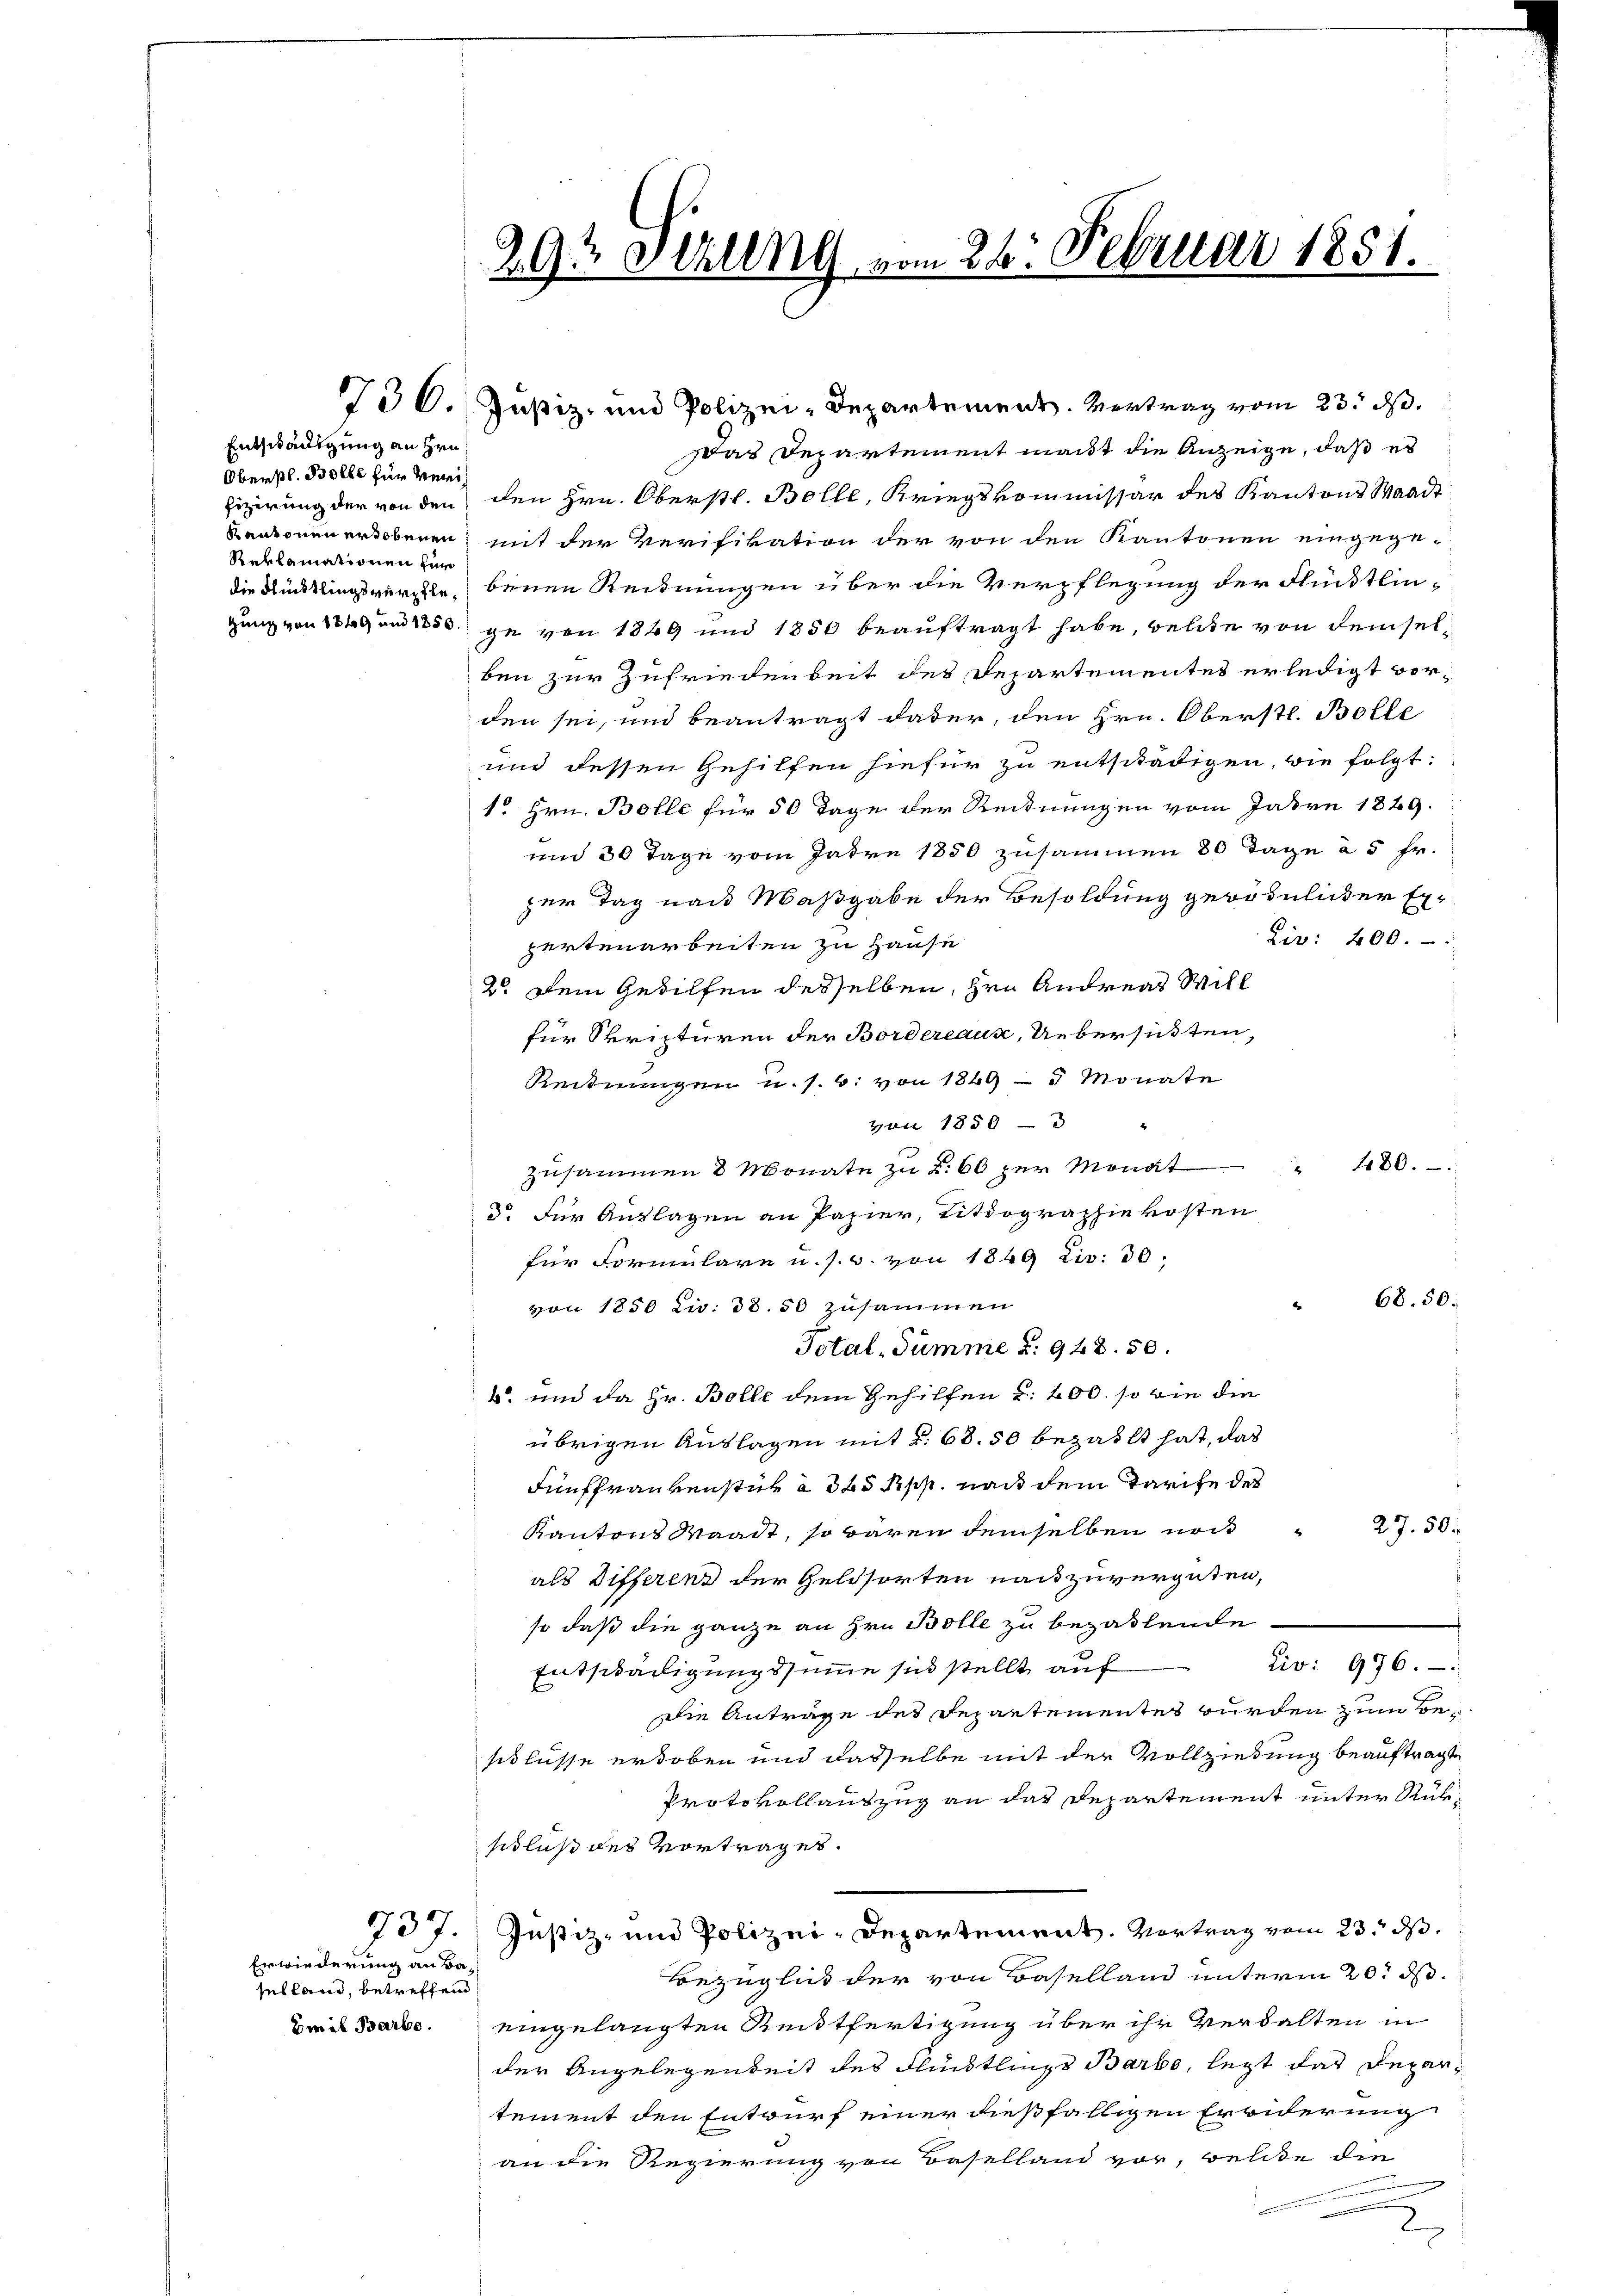
Entschädigung an Hrn.
Oberstl. Bolle für verfizerung der von den
Kantonen ertobenen
Reklamationen zur
die Flüchtlingsverpfle¬

Erwiederung an Baselland, betreffend
Emil Barbe.

Das Departement mant die Anzeige, daß es
den Hrn. Oberstl. Bolle, Kriegskommissär des Kantons Waadt
mit der Verifikation der von den Kantonen eingege-
benen Reidnungen über die Verpflegung der Flücklin-
gung von 1849 am 15 ge von 1849 und 1850 beauftragt habe, welche von demselben zur Zufriedenbeit des Departementes erledigt vorden sei, und beantragt daber, den Hrn. Oberstl. Bolle
und dessen Gehilfen hiefür zu entschädigen, wie folgt:
1o Hrn. Bolle für 50 Tage der Reidnungen vom Jahre 1829.
und 30 Tage vom Jahre 1850 zusammen 80 Tage à 5 Fr.
zer Tag nach Maßgabe der Besoldung gewöhnlicher Ex¬
Lir: 200.
partenarbeiten zu Hause
2o Dein Gehilfen desselben, Hrn. Andreas Will
für Spripturen der Bordereaux, Uebersuchten,
Reidnungen u. s. w. von 1849 - 5 Monate
von 1850-3
" 480.
Zusammen 8 Monate zu 2. 60 zur Monat
d. Für Auslagen an Papier, Titdographie kosten
für Formulare u. s. w. von 1849 Liv: 30;
von 1850 l. 38.50 zusammen
Total-Summe d: 948. 50.
4 und da Hr. Bolle dem Gehilfen d. 200. so wie die
übrigen Auslagen mit §. 68. 50 bezahlt hat, das
Fünffrankenstück à 325 Rp. nach dem Tarife des
27. 50.
Kantons Waadt, so baren demselben noch
als Differend der Geldsorten nach zuvergüten,
so daß die ganze an Hrn. Bolle zu bezahlende
Civ: 976.
Entschädigungssumme sich stellt auf
Die Anträge des Departementes wurden zum Beschlüsse erhoben und dasselbe mit der Vollziehung beauftragte
Protokollauszug an das Departement unter Rükschluß des Vortrages.
737. Justiz- und Polizei-Departement. Vortrag vom 23. ds.
Bezüglich der von Baselland unterm 20t d.
eingelangten Zeitfertigung über ihr Verhalten in
der Angelegenseit des Flüchtlings Barbo, legt das Departement den Entwurf einer dießfälligen Erwiderung
an die Regierung von Baselland vor, welche die

293 Sitzung vom 26. Februar 1851.

730. Justiz, und Polizei-Departement. Vertrag vom 23. ds.

68. 50